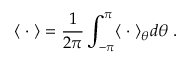
\langle \; \cdot \; \rangle = \frac { 1 } { 2 \pi } \int _ { - \pi } ^ { \pi } \langle \; \cdot \; \rangle _ { \theta } d \theta \; .